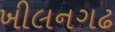
ખીલનગઢ